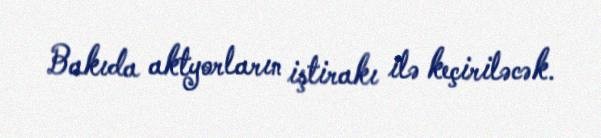
Bakıda aktyorların iştirakı ilə keçiriləcək.